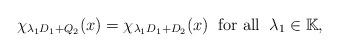
LaTeX: \begin{align*}\chi_{\lambda_1D_1+Q_2}(x)=\chi_{\lambda_1D_1+D_2}(x)\;\;\textup{for all}\;\; \lambda_1\in\mathbb K,\end{align*}